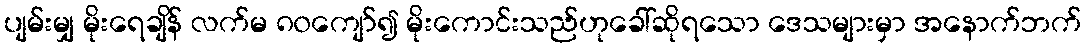
ပျမ်းမျှ မိုးရေချိန် လက်မ ၈၀ကျော်၍ မိုးကောင်းသည်ဟုခေါ်ဆိုရသော ဒေသများမှာ အနောက်ဘက်